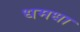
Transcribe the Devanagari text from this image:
धमधा